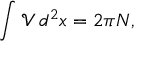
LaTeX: \int \mathcal { V } \, d ^ { 2 } x = 2 \pi N ,